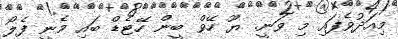
މިއަދުވެފައި މި ވަނީ. ޔޫ ހޭވް ބީން ހޭޓެޑް ބައި މެނީ ފެލޯ